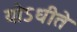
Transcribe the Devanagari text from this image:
योऽधीते